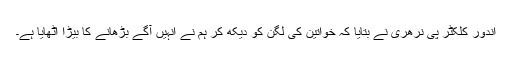
اندور کلکٹر پی نرهری نے بتایا کہ خواتین کی لگن کو دیکھ کر ہم نے انہیں آگے بڑھانے کا بيڑا اٹھایا ہے۔